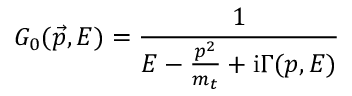
{ \cal G } _ { 0 } ( \vec { p } , E ) = { \frac { 1 } { E - { \frac { p ^ { 2 } } { m _ { t } } } + \mathrm { i } \Gamma ( p , E ) } }